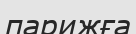
парижға